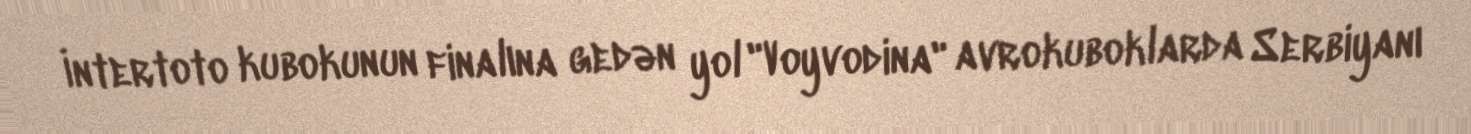
İntertoto kubokunun finalına gedən yol "Voyvodina" avrokuboklarda Serbiyanı